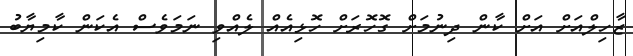
ޒާހިލްއަށް އަށް ކާން ދިނުމަށް ގޮހޮރަށް ހޮޅިއެއް ލެއްވި ނަމަވެސް އެކަން ކާމިޔާބު